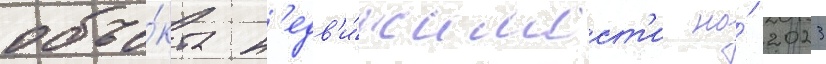
объе́кта н'едв'и́жимост'и на́ 2023